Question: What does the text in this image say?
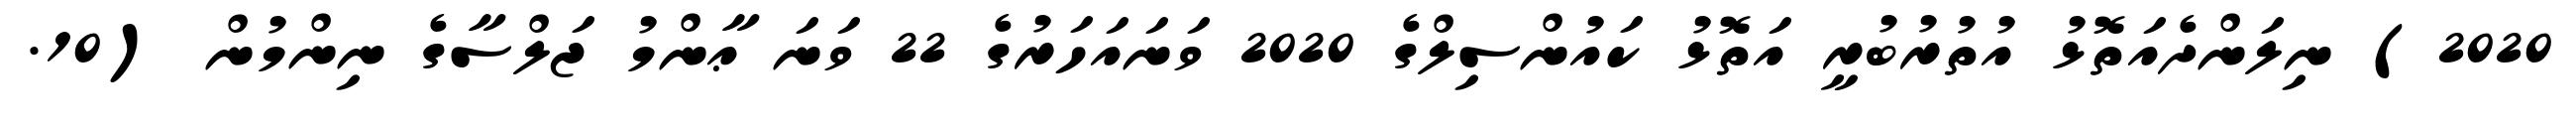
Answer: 2020) ނިލަންދެއަތޮޅު އުތުރުބުރީ އަތޮޅު ކައުންސިލްގެ 2020 ވަނައަހަރުގެ 22 ވަނަ ޢާންމު ޖަލްސާގެ ނިންމުން (10.